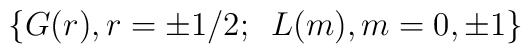
\{G(r),r = \pm 1/2;\,\,\, L(m),m=0,\pm 1\}